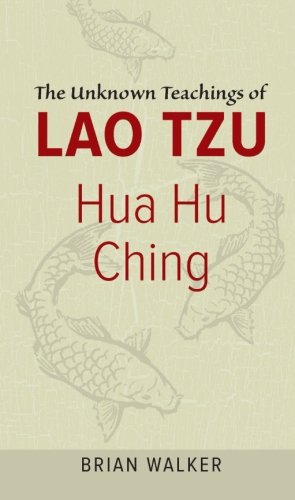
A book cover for Hua Hu Ching: The Unknown Teachings of Lao Tzu; Brian Walker; Religion & Spirituality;